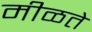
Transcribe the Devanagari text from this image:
मीळते